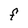
Character: F